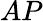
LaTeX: AP